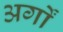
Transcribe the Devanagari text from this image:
अर्गों